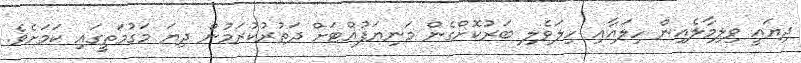
ދިޔައީ ވިލިމާލެއިން ހިލައާއި ހިލަވެލި ބަރުކޮށްގެން މަނިޔަފުއްޓަށް ދަތުރުކުރަމުން ދިޔަ މަގުމަތީގައި ކަމަށެވެ.